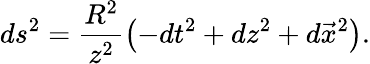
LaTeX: ds^{2}=\frac{R^{2}}{z^{2}}\left(-dt^{2}+dz^{2}+d\vec{x}^{2}\right).